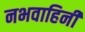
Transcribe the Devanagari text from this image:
नभवाहिनी